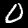
Digit: 0